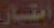
اعتبار